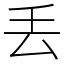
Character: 丢